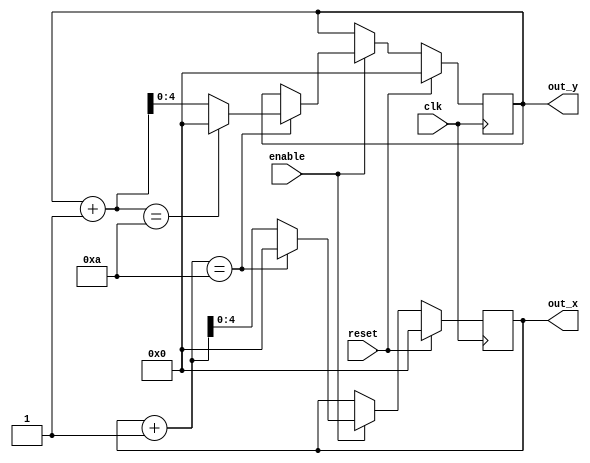
module counter_2d #(
    parameter X_MODULUS = 10,
    localparam X_MODULUS_BITS = $clog2(X_MODULUS),
    
    parameter Y_MODULUS = 10,
    localparam Y_MODULUS_BITS = $clog2(Y_MODULUS)
) (
    input clk,
    input enable,
    input reset,
    
    output reg [X_MODULUS_BITS : 0] out_x, // note that the extra bit is for moduli of powers of two
    output reg [Y_MODULUS_BITS : 0] out_y // same as above
);
    always @(posedge clk) begin 
        if (reset) begin
            out_x = 0;
            out_y = 0;
        end else if (enable) begin
            if (out_x + 1 == X_MODULUS) begin
                out_x = 0;
                
                if (out_y + 1 == Y_MODULUS)
                    out_y = 0;
                else
                    out_y = out_y + 1;
            end else begin
                out_x = out_x + 1;
            end
        end  
    end
endmodule